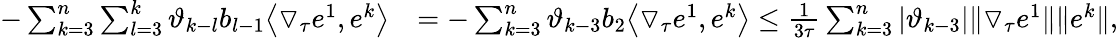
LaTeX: \begin{array}{rl}{-\sum_{k=3}^{n}\sum_{l=3}^{k}\vartheta_{k-l}b_{l-1}\big\langle\triangledown_{\tau}e^{1},e^{k}\big\rangle}&{=-\sum_{k=3}^{n}\vartheta_{k-3}b_{2}\big\langle\triangledown_{\tau}e^{1},e^{k}\big\rangle\le\frac{1}{3\tau}\sum_{k=3}^{n}|\vartheta_{k-3}|\| \triangledown_{\tau}e^{1}\| \| e^{k}\| ,}\end{array}